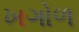
ખગોળ